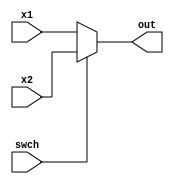
module mux (input [31:0] x1,
        input [31:0] x2,
        input swch, 
        output reg [31:0] out);

    assign out = ~swch ? x1 : x2;

endmodule